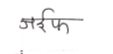
मजकूर: जईफ